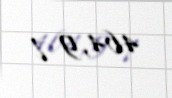
464,9 l